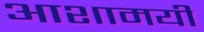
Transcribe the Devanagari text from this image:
आशामयी